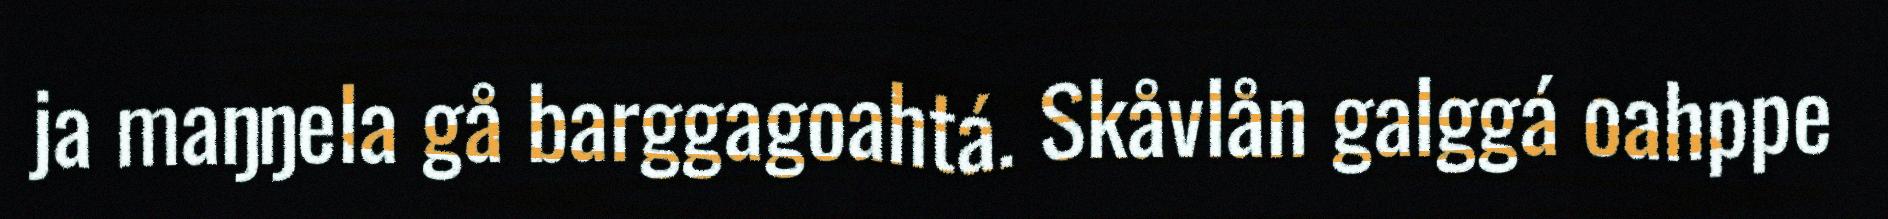
ja maŋŋela gå barggagoahtá. Skåvlån galggá oahppe